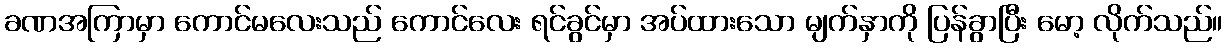
ခဏအကြာမှာ ကောင်မလေးသည် ကောင်လေး ရင်ခွင်မှာ အပ်ထားသော မျက်နှာကို ပြန်ခွာပြီး မော့ လိုက်သည်။